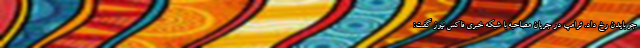
جو بایدن رخ داد. ترامپ در جریان مصاحبه با شبکه خبری فاکس نیوز گفت: